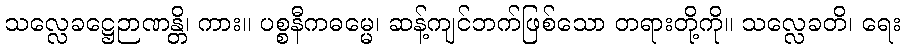
သလ္လေခဋ္ဌေဉာဏန္တိ၊ ကား။ ပစ္စနီကဓမ္မေ၊ ဆန့်ကျင်ဘက်ဖြစ်သော တရားတို့ကို။ သလ္လေခတိ၊ ရေး